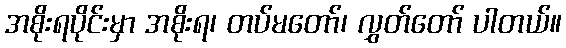
အစိုးရပိုင်းမှာ အစိုးရ၊ တပ်မတော်၊ လွှတ်တော် ပါတယ်။